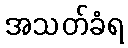
အသတ်ခံရ